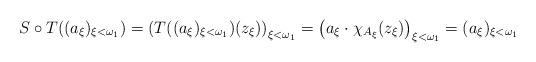
LaTeX: \begin{align*}S\circ T((a_{\xi})_{\xi<\omega_1})=\left(T((a_{\xi})_{\xi<\omega_1})(z_\xi)\right)_{\xi<\omega_1}=\left(a_{\xi}\cdot\chi_{A_\xi}(z_\xi)\right)_{\xi<\omega_1}=(a_{\xi})_{\xi<\omega_1}\end{align*}